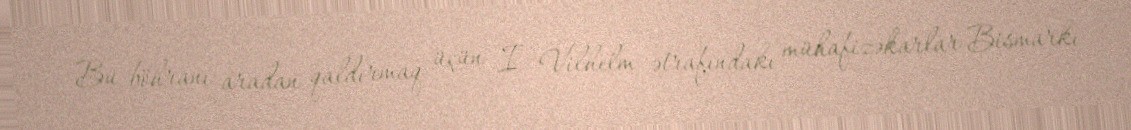
Bu böhranı aradan qaldırmaq üçün I Vilhelm ətrafındakı mühafizəkarlar Bismarkı